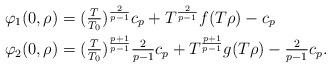
LaTeX: \begin{align*}\varphi_1(0,\rho) & = (\tfrac{T}{T_0})^{\frac{2}{p-1}} c_p + T^{\frac{2}{p-1}} f(T\rho ) - c_p \\\varphi_2(0,\rho) & = (\tfrac{T}{T_0})^{\frac{p+1}{p-1}} \tfrac{2}{p-1} c_p + T^{\frac{p+1}{p-1}} g(T \rho)- \tfrac{2}{p-1} c_p.\end{align*}